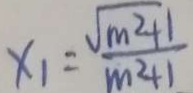
x _ { 1 } = \frac { \sqrt { m ^ { 2 } + 1 } } { m ^ { 2 } + 1 }